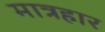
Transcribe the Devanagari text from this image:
मात्रहार